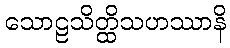
သောဠသိတ္ထိသဟဿာနိ